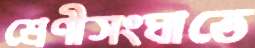
শ্রেণীসংঘাতে